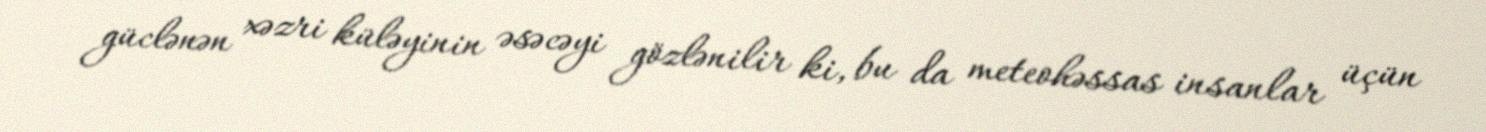
güclənən xəzri küləyinin əsəcəyi gözlənilir ki, bu da meteohəssas insanlar üçün